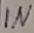
Text: IN